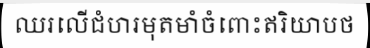
ឈរលើជំហរមុតមាំចំពោះឥរិយាបថ